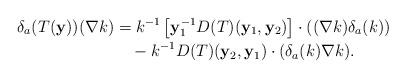
LaTeX: \begin{align*} \delta_a (T(\mathbf y))(\nabla k) &= k^{-1} \left[ \mathbf y_1^{-1} D(T)(\mathbf y_1,\mathbf y_2) \right] \cdot ( (\nabla k) \delta_a (k)) \\ & \,\,\,\,\, \, - k^{-1} D(T)(\mathbf y_2, \mathbf y_1) \cdot (\delta_a (k) \nabla k) . \end{align*}